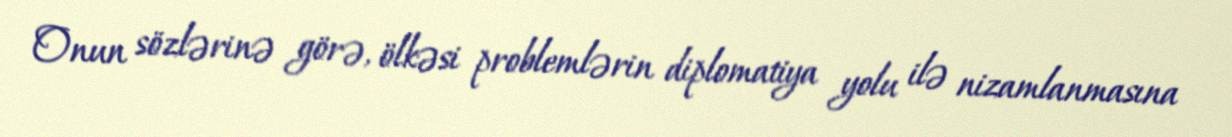
Onun sözlərinə görə, ölkəsi problemlərin diplomatiya yolu ilə nizamlanmasına